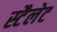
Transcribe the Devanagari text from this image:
स्टैलेट